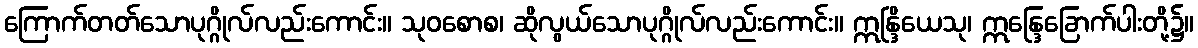
ကြောက်တတ်သောပုဂ္ဂိုလ်လည်းကောင်း။ သုဝစောစ၊ ဆိုလွယ်သောပုဂ္ဂိုလ်လည်းကောင်း။ ဣန္ဒြိယေသု၊ ဣန္ဒြေခြောက်ပါးတို့၌။